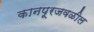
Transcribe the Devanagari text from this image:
कानपूरजवळील